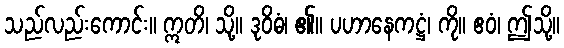
သည်လည်းကောင်း။ ဣတိ၊ သို့။ ဒုဝိဓံ၊ ၏။ ပဟာနေကဋ္ဌံ၊ ကို။ ဧဝံ၊ ဤသို့။